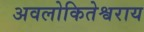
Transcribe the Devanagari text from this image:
अवलोकितेश्वराय